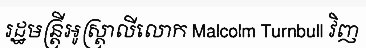
រដ្ឋមន្ត្រីអូស្ត្រាលីលោក Malcolm Turnbull វិញ